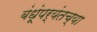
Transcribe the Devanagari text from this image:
बंधूंपर्यंतच्या